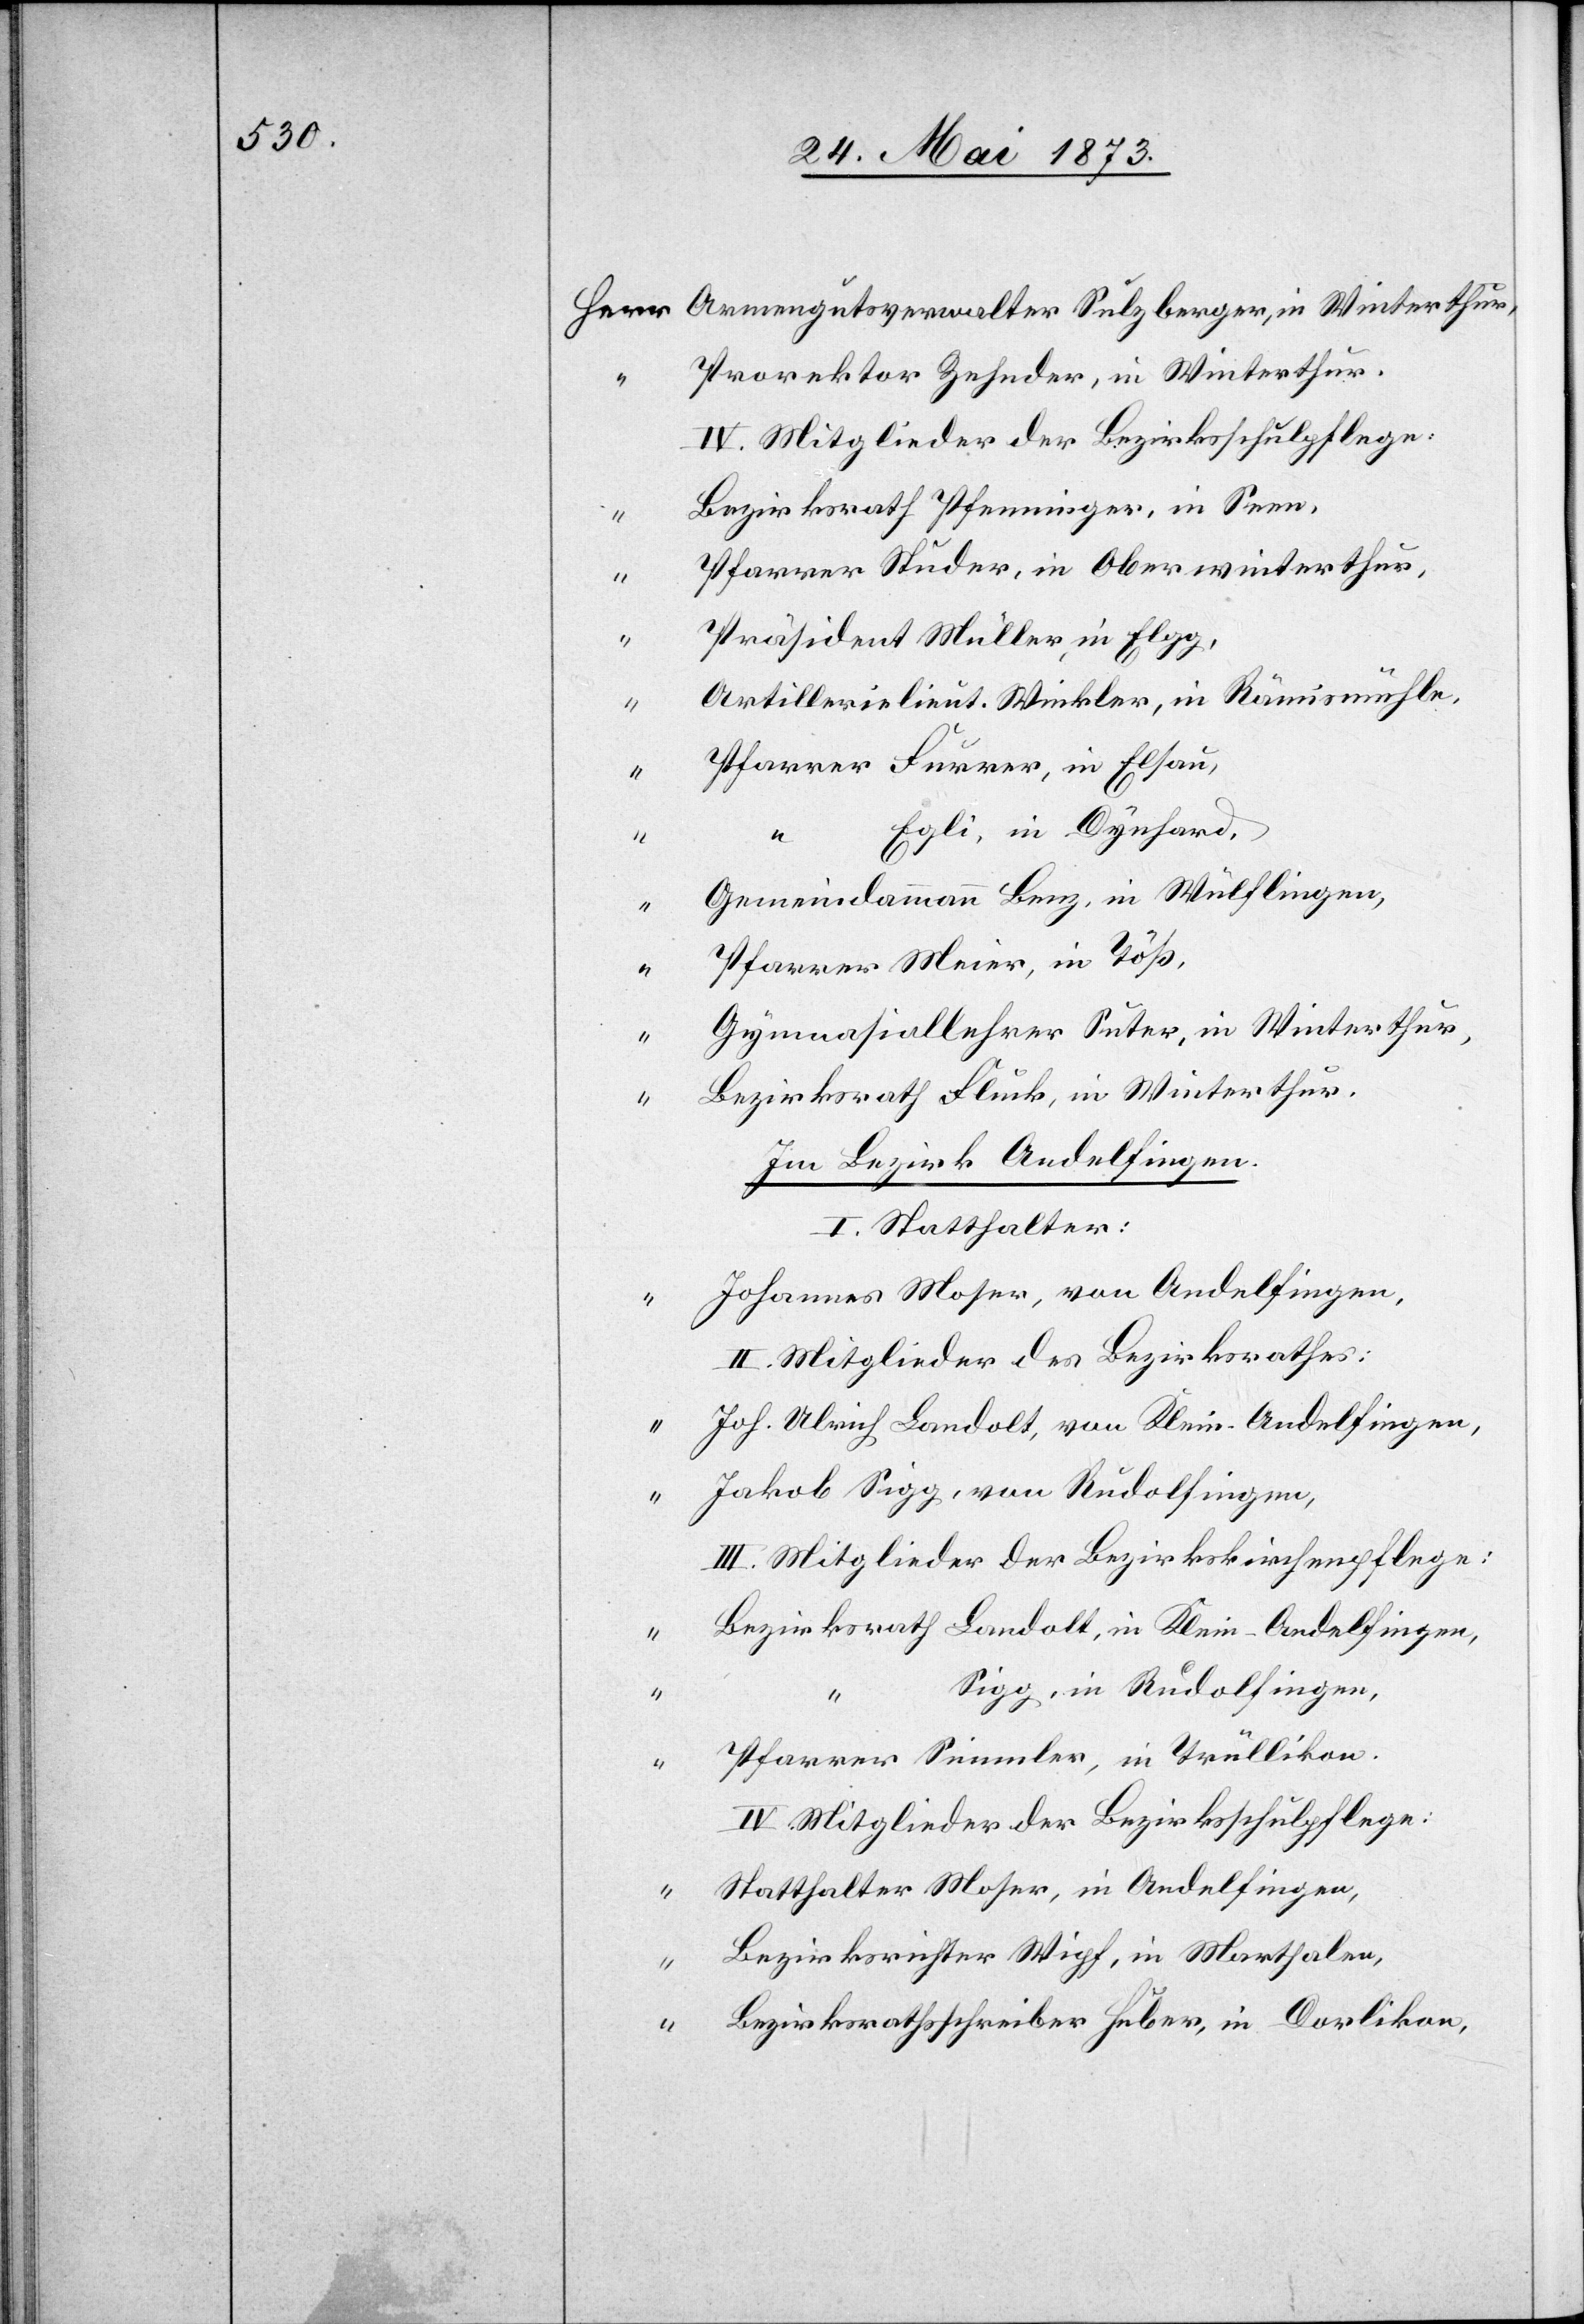
Armengutsverwalter Sulzberger, in Winterthur,
Prorektor Zehnder, in Winterthur.
IV. Mitglieder der Bezirksschulpflege:
Bezirksrath Pfenninger, in Seen,
Pfarrer Studer, in Oberwinterthur,
Präsident Müller, in Elgg,
“
Artillerielieut. Winkler, in Rämismühle,
Pfarrer Furrer, in Elsau,
Egli, in Dynhard,
“
Gemeindammann Benz, in Wülflingen,
“
Pfarrer Meier, in Töß,
Gymnasiallehrer Suter, in Winterthur,
“
Bezirksrath Fluck, in Winterthur.
Im Bezirk Andelfingen.
I. Statthalter:
Johannes Moser, von Andelfingen,
II. Mitglieder des Bezirksrathes:
Joh. Ulrich Landolt, von Klein-Andelfingen,
Jakob Sigg, von Rudolfingen,
III. Mitglieder der Bezirkskirchenpflege:
Bezirksrath Landolt, in Klein-Andelfingen,
Sigg, in Rudolfingen,
Pfarrer Simmler, in Trüllikon.
IV. Mitglieder der Bezirksschulpflege:
Statthalter Moser, in Andelfingen,
Bezirksrichter Wipf, in Marthalen,
Bezirksrathsschreiber Huber, in Dorlikon,